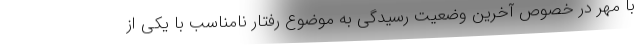
با مهر در خصوص آخرین وضعیت رسیدگی به موضوع رفتار نامناسب با یکی از